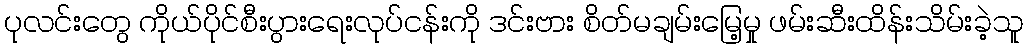
ပုလင်းတွေ ကိုယ်ပိုင်စီးပွားရေးလုပ်ငန်းကို ဒင်းဗား စိတ်မချမ်းမြေ့မှု ဖမ်းဆီးထိန်းသိမ်းခဲ့သူ